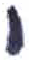
אות: י